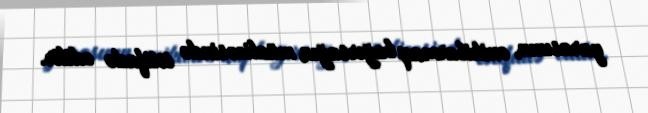
yarasının, onikibarmaq bağırsağın müalicəsində istifadə edilir.